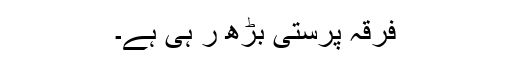
فرقہ پرستی بڑھ ر ہی ہے۔